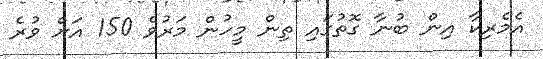
އެމެރިކާ އިން ބުނާ ގޮތުގައި ތިން މީހުން މަރުވެ 150 އަށް ވުރެ